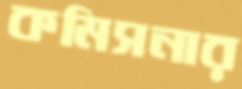
কমিসনার